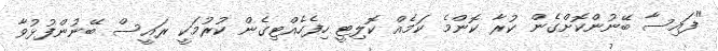
"ފައިސާ ބޭނުންކޮށްގެން ކުރާ ކޮންމެ ކަމެއް ކޮލިޓީ ހިފެހެއްޓިގެން ކުރުމަކީ ރައީސް ބޭނުންފުޅުވާ